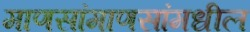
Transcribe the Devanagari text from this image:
माणसांमाणसांमधील